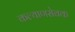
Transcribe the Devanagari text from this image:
कल्याणसेवक